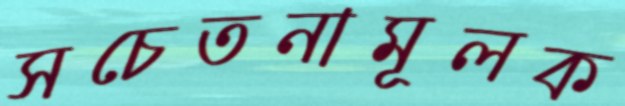
সচেতনামূলক